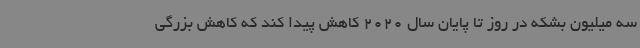
سه میلیون بشکه در روز تا پایان سال 2020 کاهش پیدا کند که کاهش بزرگی